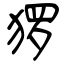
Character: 猡